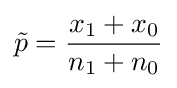
{\tilde {p}}={\frac {x_{1}+x_{0}}{n_{1}+n_{0}}}